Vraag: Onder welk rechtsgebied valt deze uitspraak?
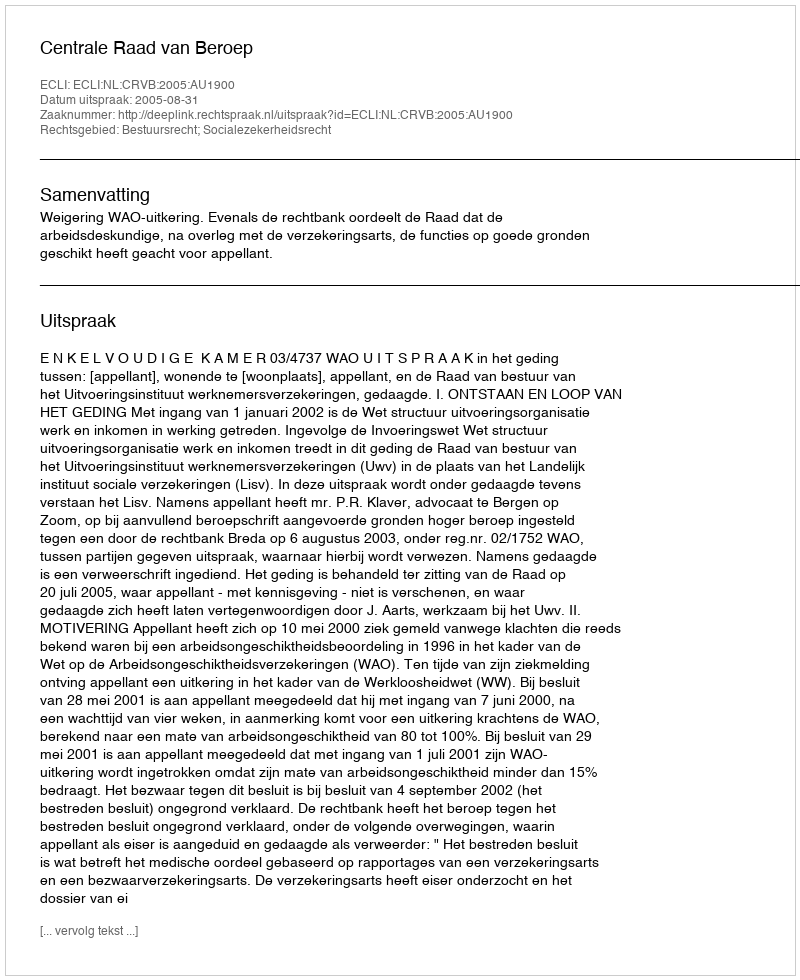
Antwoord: Bestuursrecht; Socialezekerheidsrecht